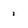
Character: 1